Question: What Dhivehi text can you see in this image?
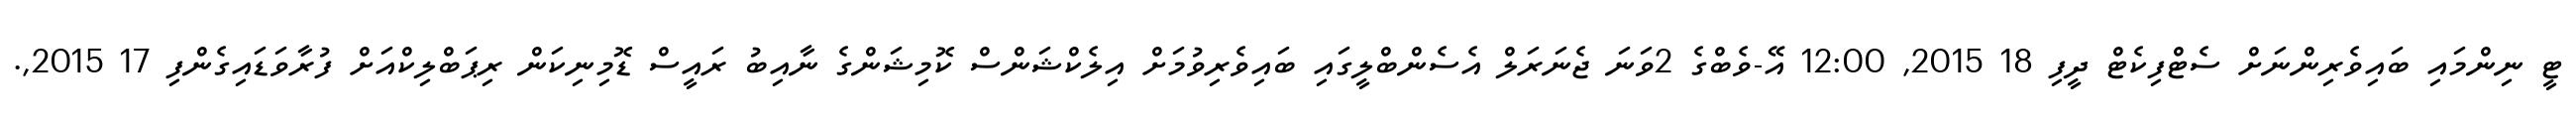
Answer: ޓީ ނިންމައި ބައިވެރިންނަށް ސެޓްފިކެޓް ދީފި 18 2015, 12:00 އޭ-ވެބްގެ 2ވަނަ ޖެނަރަލް އެސެންބްލީގައި ބައިވެރިވުމަށް އިލެކްޝަންސް ކޮމިޝަންގެ ނާއިބު ރައީސް ޑޮމިނިކަން ރިޕަބްލިކްއަށް ފުރާވަޑައިގެންފި 17 2015,.